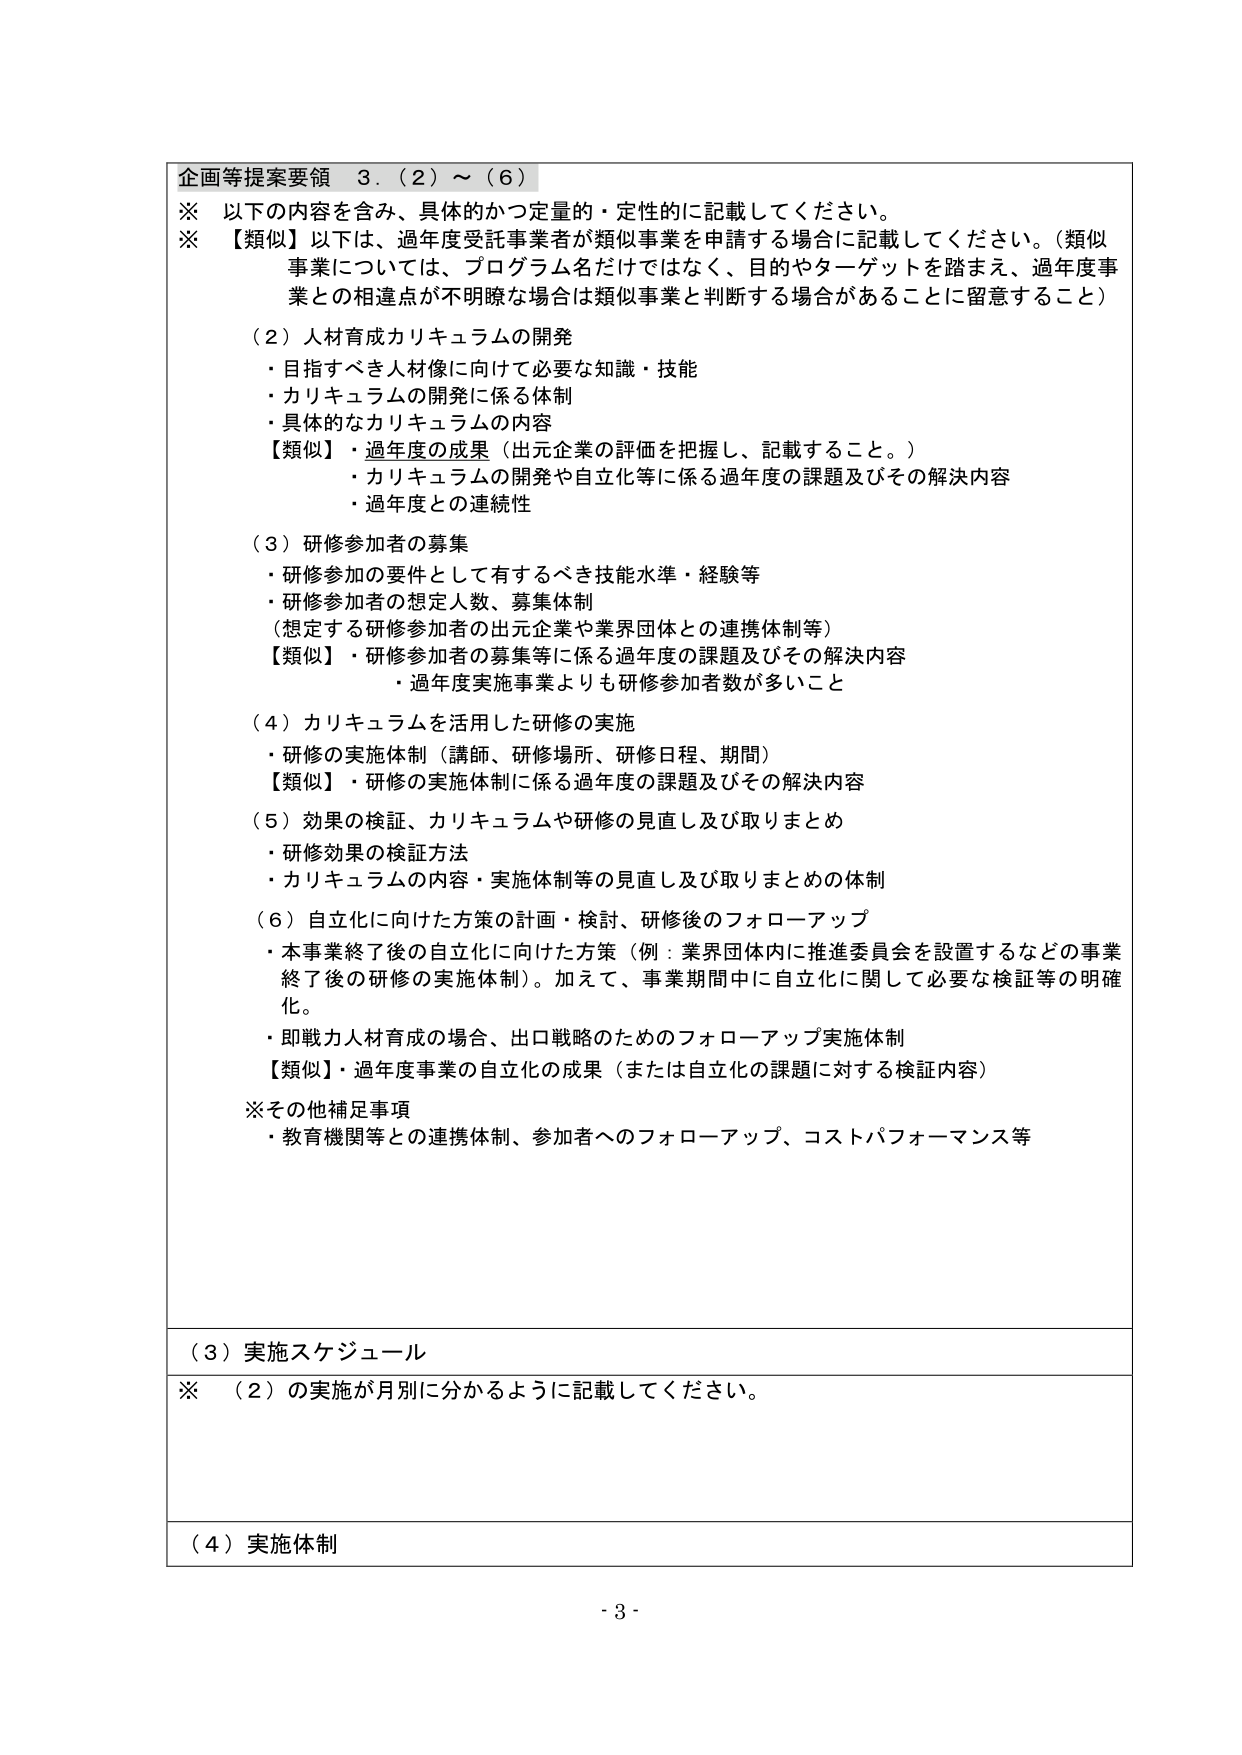
企画等提案要領 3．（2）～（6）

※ 以下の内容を含み、具体的かつ定量的・定性的に記載してください。
※ 【類似】以下は、過年度受託事業者が類似事業を申請する場合に記載してください。（類似事業については、プログラム名だけではなく、目的やターゲットを踏まえ、過年度事業との相違点が不明瞭な場合は類似事業と判断する場合があることに留意すること）

（2）人材育成カリキュラムの開発
・目指すべき人材像に向けて必要な知識・技能
・カリキュラムの開発に係る体制
・具体的なカリキュラムの内容
【類似】・過年度の成果（出元企業の評価を把握し、記載すること。）
・カリキュラムの開発や自立化等に係る過年度の課題及びその解決内容
・過年度との連続性

（3）研修参加者の募集
・研修参加の要件として有するべき技能水準・経験等
・研修参加者の想定人数、募集体制
（想定する研修参加者の出元企業や業界団体との連携体制等）
【類似】・研修参加者の募集等に係る過年度の課題及びその解決内容
・過年度実施事業よりも研修参加者数が多いこと

（4）カリキュラムを活用した研修の実施
・研修の実施体制（講師、研修場所、研修日程、期間）
【類似】・研修の実施体制に係る過年度の課題及びその解決内容

（5）効果の検証、カリキュラムや研修の見直し及び取りまとめ
・研修効果の検証方法
・カリキュラムの内容・実施体制等の見直し及び取りまとめの体制

（6）自立化に向けた方策の計画・検討、研修後のフォローアップ
・本事業終了後の自立化に向けた方策（例：業界団体内に推進委員会を設置するなどの事業終了後の研修の実施体制）。加えて、事業期間中に自立化に関して必要な検証等の明確化。
・即戦力人材育成の場合、出口戦略のためのフォローアップ実施体制
【類似】・過年度事業の自立化の成果（または自立化の課題に対する検証内容）

※その他補足事項
・教育機関等との連携体制、参加者へのフォローアップ、コストパフォーマンス等

（3）実施スケジュール
※ （2）の実施が月別に分かるように記載してください。

（4）実施体制

- 3 -